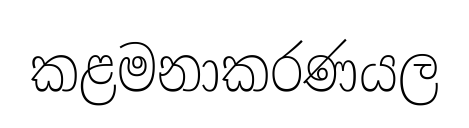
කළමනාකරණයල